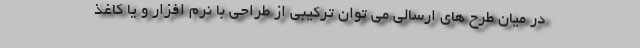
در میان طرح های ارسالی می توان ترکیبی از طراحی با نرم افزار و یا کاغذ